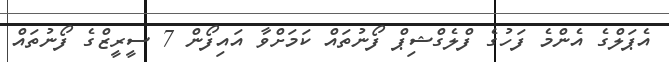
އެޕަލްގެ އެންމެ ފަހުގެ ފްލެގްޝިޕް ފޯނުތައް ކަމަށްވާ އައިފޯން 7 ސީރީޒްގެ ފޯނުތައް